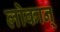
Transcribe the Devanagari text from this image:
लोकान्